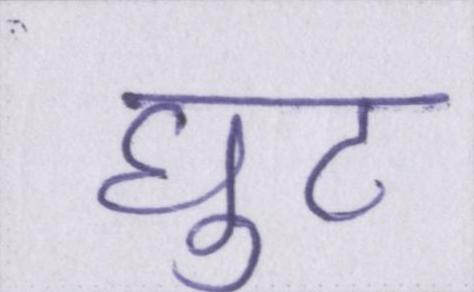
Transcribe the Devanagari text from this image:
घुट